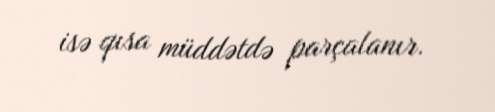
isə qısa müddətdə parçalanır.